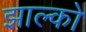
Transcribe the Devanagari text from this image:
झाल्को